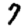
Digit: 7